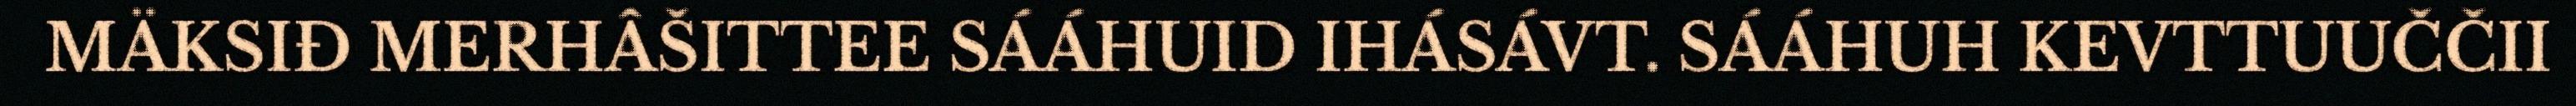
MÄKSIĐ MERHÂŠITTEE SÁÁHUID IHÁSÁVT. SÁÁHUH KEVTTUUČČII